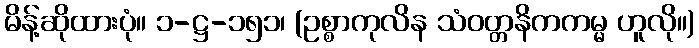
မိန့်ဆိုထားပုံ။ ၁-ဋ္ဌ-၁၅၁၊ (ဥစ္စာကုလိန သံဝတ္တနိကကမ္မ ဟူလို။)